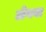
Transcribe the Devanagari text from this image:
लेगबा